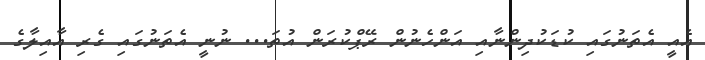
އެއީ އެތަނުގައި ކުޑަކުދިންނާއި އަންހެނުން ރޭޕްކުރަން އުތަ... ނުނީ އެތަނުގައި ގެރި އާއިލާގެ